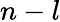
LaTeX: n-l